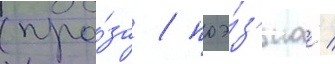
(про́за / поэ́з'иа /